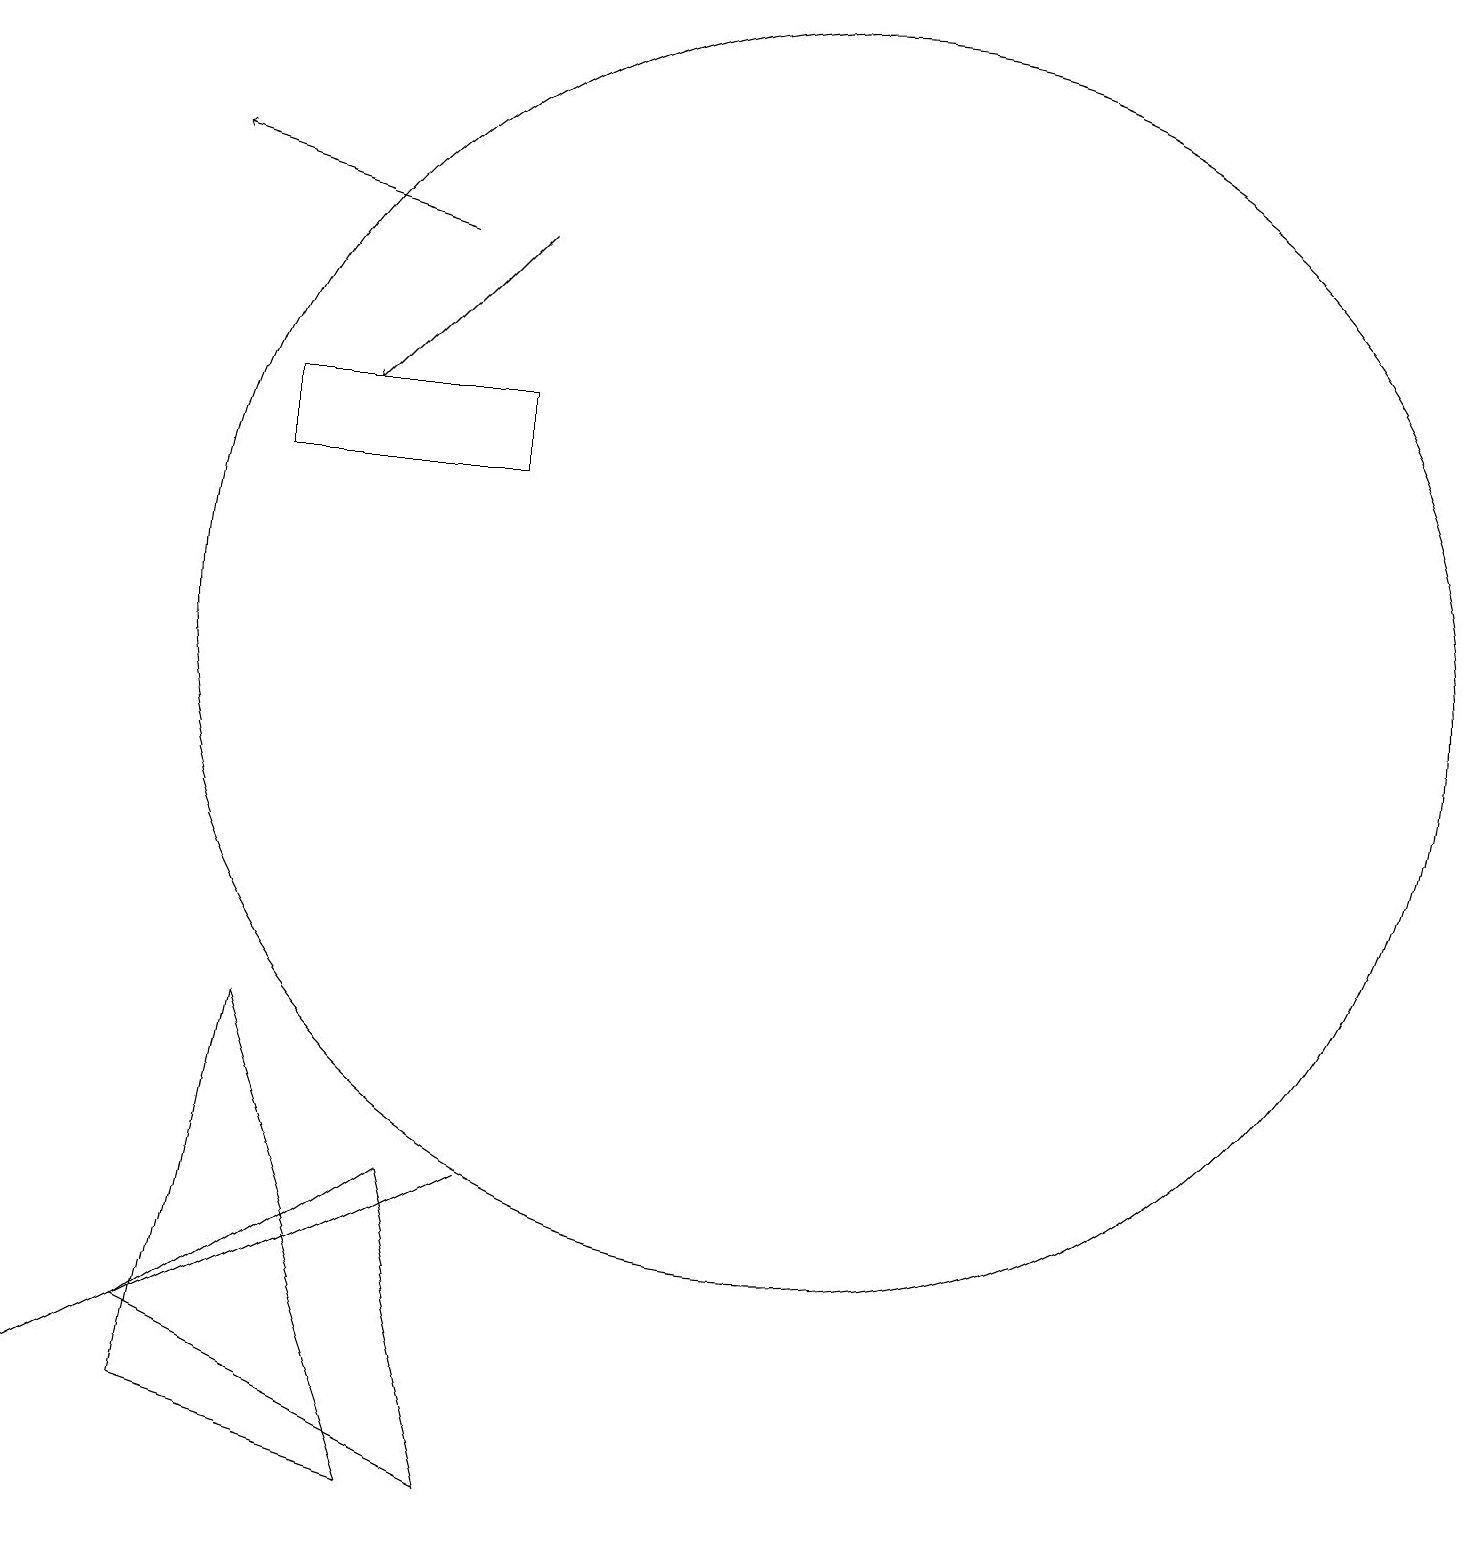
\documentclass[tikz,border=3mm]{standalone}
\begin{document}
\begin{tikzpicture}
\draw (6,5) -- (2,3) -- (0,2) -- cycle;
\draw (5,1) -- (3,7) -- (2,2) -- cycle;
\draw[->] (5,17) -- (2,18);
\draw (10,12) circle (8);
\draw (12,11) circle (0);
\draw (6,1) -- (5,5) -- (2,3) -- cycle;
\draw (3,15) rectangle (6,14);
\draw[->] (6,17) -- (4,15);
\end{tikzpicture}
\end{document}